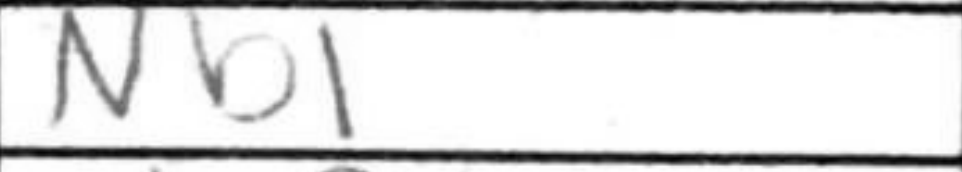
Transcription: Nb1